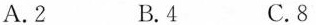
A.2 B.4 C.8